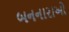
બનનારાઓ